Insane asylums Bombay 1873-77 - 1873-1877
Year: 1873
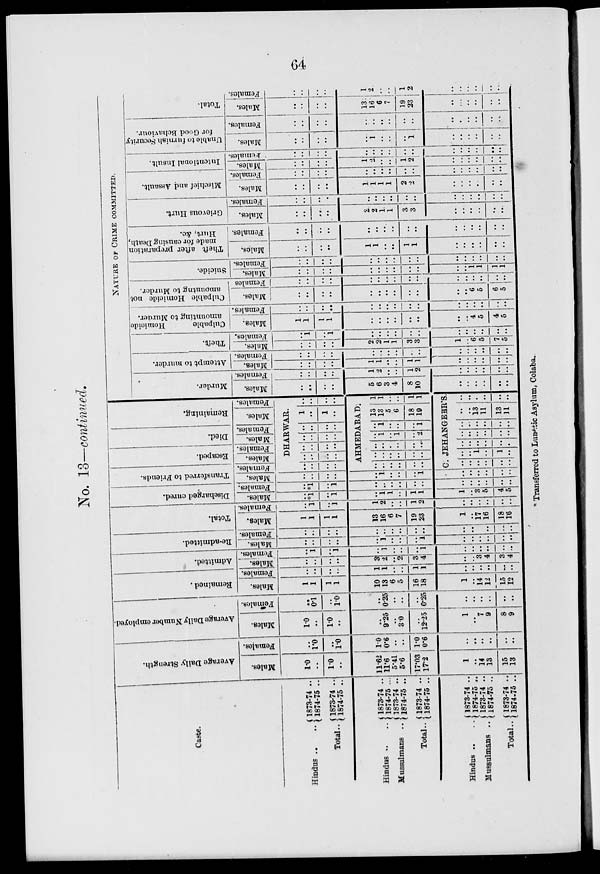
64
No. 13—continued.
Caste.
Hindus ..
Total..
Hindus ..
Mussulmans ..
Total..
Hindus ..
Mussulmans ..
Total..
1873-74 ..
1874-75 ..
1873-74 ..
1874-75 ..
1873-74 ..
1874-75 ...
1873-74 ..
1874-75 ..
1873-74 ..
1874-75 ..
1873-74 ..
1874-75 ..
1873-74 ..
1874-75 ..
1873-74 ..
1874-75 ..
Average Daily Strength.
Males.
1.0
..
1.0
..
11.62
11.6
5.41
5.6
17.03
17.2
1
..
14
13
15
13
Females.
..
1.0
..
1.0
1.0
0.6
..
..
1.0
0.6
..
..
..
..
..
..
Average Daily Number employed.
Males.
1.0
..
1.0
..
..
9.25
..
3.0
..
12.25
1
..
7
9
8
9
Females.
..
0.1
..
1.0
..
0.25
..
..
..
0.25
..
..
..
..
..
..
Remained.
Males.
1
1
1
1
10
13
6
5
16
18
1
..
14
12
15
12
Females.
..
..
..
..
1
1
..
..
1
1
..
..
..
..
..
..
Admitted.
Males.
..
..
..
..
3
2
..
2
3
4
..
..
3
4
3
4
Females.
..
1
..
1
..
1
..
..
..
1
..
..
..
..
..
..
Re-admitted.
Males.
..
..
..
..
..
1
..
..
..
1
..
..
..
..
..
..
Females.
..
..
..
..
..
..
..
..
..
..
..
..
..
..
..
..
Total.
Males.
1
1
1
1
13
16
6
7
19
23
1
..
17
16
18
16
Females.
..
1
..
1
1
2
..
..
1
2
..
..
..
..
..
..
Discharged cured.
Males.
..
*1
..
1
..
1
1
..
1
1
1
..
3
5
4
5
Females.
..
*1
..
1
..
..
..
..
..
..
..
..
..
..
..
..
Transferred to Friends.
Males.
..
..
..
..
..
1
..
..
..
1
..
..
..
..
..
..
Females.
Escaped.
Males.
Females.
Died.
Males.
Females.
Remaining.
Males.
Females.
DHARWAR.
..
..
..
..
..
..
..
..
..
..
..
..
..
..
..
..
..
..
..
..
1
..
1
..
..
..
..
..
AHMEDABAD.
..
..
..
..
..
..
..
..
..
..
..
..
..
..
..
..
..
..
..
1
..
1
..
2
..
1
..
..
..
1
13
13
5
6
18
19
1
1
..
..
1
1
C. JEHANGEBR'S.
..
..
..
..
..
..
..
..
1
..
1
..
..
..
..
..
..
..
..
..
..
..
..
..
..
..
..
..
..
..
..
..
13
11
13
11
..
..
..
..
..
..
NATURE OF CRIME COMMITTED.
Murder.
Males.
..
..
..
..
5
6
3
4
8
10
..
..
..
..
..
..
Females.
..
..
..
..
1
2
..
..
1
2
..
..
..
..
..
..
Attempt to murder.
Males.
..
..
..
..
1
1
..
..
1
1
..
..
..
..
..
..
Females.
..
..
..
..
..
..
..
..
..
..
..
..
..
..
..
..
Theft.
Males.
..
..
..
..
2
..
1
..
3
..
1
..
6
..
7
5
Females.
..
1
..
1
..
..
..
..
..
..
..
..
..
..
..
..
Culpable
Homicide
amounting to Murder.
Males.
1
1
1
1
..
..
..
..
..
..
..
..
4
5
4
5
Females.
..
..
..
..
..
..
..
..
..
..
..
..
..
..
..
..
Culpable Homicide not
amounting
to Murder.
Males.
..
..
..
..
..
..
..
..
..
..
..
..
6
5
6
5
Females
..
..
..
..
..
..
..
..
..
..
..
..
..
..
..
..
Suicide.
Males.
..
..
..
..
..
..
..
..
..
..
..
..
1
1
1
1
Females.
..
..
..
..
..
..
..
..
..
..
..
..
..
..
..
..
Theft after preparation
made for causing Death,
Hurt. &c.
Males.
..
..
..
..
1
1
..
..
1
1
..
..
..
..
..
..
Females.
..
..
..
..
..
..
..
..
..
..
..
..
..
..
..
..
Grievous Hurt.
Males.
..
..
..
..
2
2
1
1
3
3
..
..
..
..
..
..
Females.
..
..
..
..
..
..
..
..
..
..
..
..
..
..
..
..
Mischief and Assault.
Males.
..
..
..
..
1
1
1
1
2
2
..
..
..
..
..
..
Females.
..
..
..
..
..
..
..
..
..
..
..
..
..
..
..
..
Intentional Insult.
Males.
..
..
..
..
1
2
..
..
1
2
..
..
..
..
..
..
Females.
..
..
..
..
..
..
..
..
..
..
..
..
..
..
..
..
Unable to furnish Security
for Good Behaviour.
Males.
..
..
..
..
..
1
..
..
..
1
..
..
..
..
..
..
Females.
..
..
..
..
..
..
..
..
..
..
..
..
..
..
..
..
Total.
Males.
..
..
..
..
13
16
6
7
19
23
..
..
..
..
..
..
Females.
..
..
..
..
1
2
..
..
1
2
..
..
..
..
..
..
* Transferred to Lunatic Asylum, Colaba.